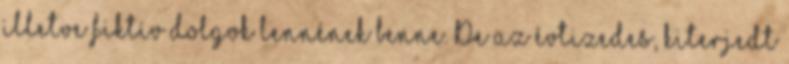
illetve fiktív dolgok lennének benne. De az évtizedes, kiterjedt